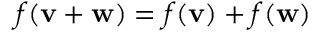
f ( \mathbf { v } + \mathbf { w } ) = f ( \mathbf { v } ) + f ( \mathbf { w } )